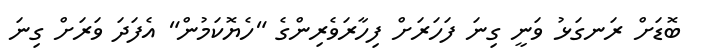
ބޮޑަށް ރަނގަޅު ވަނީ ގިނަ ފަހަރަށް ފިހާރަވެރިންގެ "ހެޔޮކަމުން" އެފަދަ ވަރަށް ގިނަ